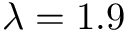
\lambda = 1 . 9